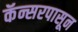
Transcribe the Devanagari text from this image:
कॅन्सरपासून